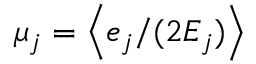
\mu _ { j } = \left< e _ { j } / ( 2 E _ { j } ) \right>